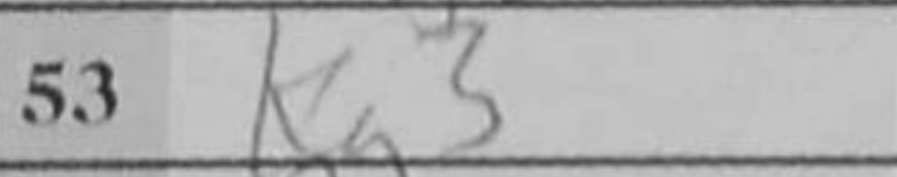
Transcription: Re5